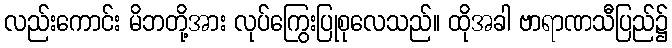
လည်းကောင်း မိဘတို့အား လုပ်ကြွေးပြုစုလေသည်။ ထိုအခါ ဗာရာဏသီပြည်၌